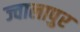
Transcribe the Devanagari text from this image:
ज्‍वालापुर